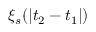
\xi _ { s } ( | t _ { 2 } - t _ { 1 } | )